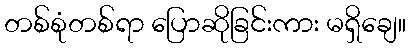
တစ်စုံတစ်ရာ ပြောဆိုခြင်းကား မရှိချေ။